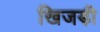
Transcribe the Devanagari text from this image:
खिजड़ी